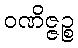
ဝဏိဇ္ဇဉ္စ